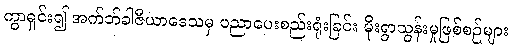
ကွာရှင်း၍ အက်ဘ်ခါဇီယာဒေသမှ ပညာပေးစည်းရုံးခြင်း မိုးရွာသွန်းမှုဖြစ်စဉ်များ